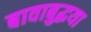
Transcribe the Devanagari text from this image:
बावाबुद्धया